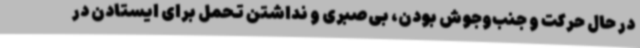
در حال حرکت و جنب‌وجوش بودن، بی‌صبری و نداشتن تحمل برای ایستادن در